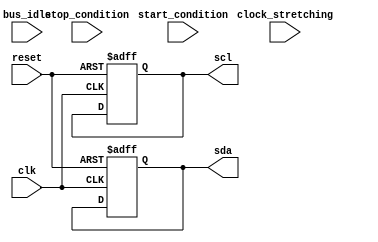
module i2c_timing_control (
    input wire clk,
    input wire reset,
    input wire start_condition,
    input wire stop_condition,
    input wire clock_stretching,
    input wire bus_idle,
    output reg sda,
    output reg scl
);

reg [3:0] state;

parameter IDLE_STATE = 4'h0;
parameter START_STATE = 4'h1;
parameter DATA_STATE = 4'h2;
parameter STOP_STATE = 4'h3;

always @(posedge clk or posedge reset) begin
    if (reset) begin
        state <= IDLE_STATE;
        sda <= 1'b1;
        scl <= 1'b1;
    end else begin
        case (state)
            IDLE_STATE: begin
                if (start_condition) begin
                    state <= START_STATE;
                end
            end
            START_STATE: begin
                // Logic for generating start condition
                state <= DATA_STATE;
            end
            DATA_STATE: begin
                // Logic for data transfer
                if (stop_condition) begin
                    state <= STOP_STATE;
                end
            end
            STOP_STATE: begin
                // Logic for generating stop condition
                state <= IDLE_STATE;
            end
        endcase
    end
end

endmodule